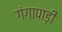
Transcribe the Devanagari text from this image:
गंगापाड़ी